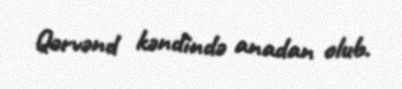
Qərvənd kəndində anadan olub.